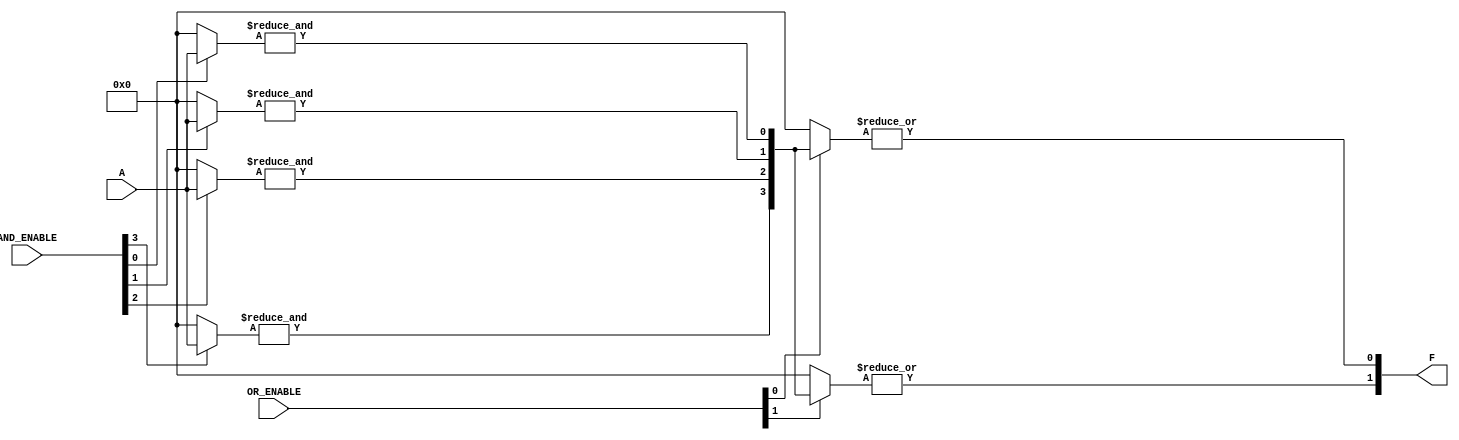
module PLA #(
    parameter NUM_INPUTS = 4,   // Number of inputs (A1, A2, ..., An)
    parameter NUM_AND_GATES = 4, // Number of AND gates
    parameter NUM_OUTPUTS = 2    // Number of outputs (F1, F2, ..., Fm)
)(
    input wire [NUM_INPUTS-1:0] A, // Input vector
    input wire [NUM_AND_GATES-1:0] AND_ENABLE, // Control signals for AND gates
    input wire [NUM_OUTPUTS-1:0] OR_ENABLE, // Control signals for OR gates
    output wire [NUM_OUTPUTS-1:0] F // Output vector
);

// Internal wire for AND gate outputs
wire [NUM_AND_GATES-1:0] AND_OUT;

// Generate the AND array
genvar i, j;
generate
    for (i = 0; i < NUM_AND_GATES; i = i + 1) begin : and_gate
        wire [NUM_INPUTS-1:0] and_inputs;
        
        // Connect inputs to AND gate based on AND_ENABLE
        assign and_inputs = (AND_ENABLE[i]) ? A : 0; // Simple example, can be expanded for inversion
        
        assign AND_OUT[i] = &and_inputs; // AND operation
    end
endgenerate

// Generate the OR array
generate
    for (j = 0; j < NUM_OUTPUTS; j = j + 1) begin : or_gate
        wire [NUM_AND_GATES-1:0] or_inputs;
        
        // Connect AND gate outputs to OR gate based on OR_ENABLE
        assign or_inputs = (OR_ENABLE[j]) ? AND_OUT : 0; // Simple example, can be expanded for multiple AND inputs
        
        assign F[j] = |or_inputs; // OR operation
    end
endgenerate

endmodule